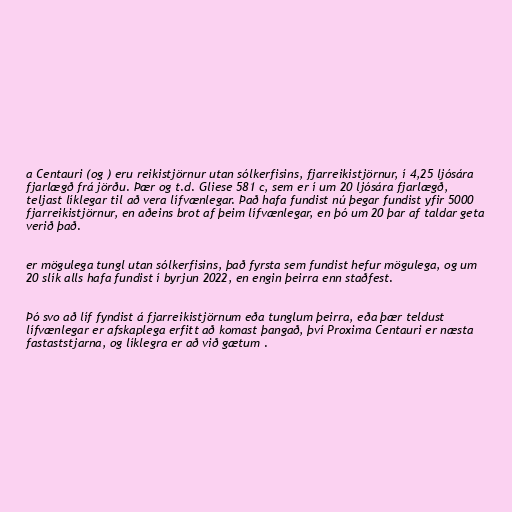
a Centauri (og ) eru reikistjörnur utan sólkerfisins, fjarreikistjörnur, í 4,25 ljósára
fjarlægð frá jörðu. Þær og t.d. Gliese 581 c, sem er í um 20 ljósára fjarlægð,
teljast líklegar til að vera lífvænlegar. Það hafa fundist nú þegar fundist yfir 5000
fjarreikistjörnur, en aðeins brot af þeim lífvænlegar, en þó um 20 þar af taldar geta
verið það.

er mögulega tungl utan sólkerfisins, það fyrsta sem fundist hefur mögulega, og um
20 slík alls hafa fundist í byrjun 2022, en engin þeirra enn staðfest.

Þó svo að líf fyndist á fjarreikistjörnum eða tunglum þeirra, eða þær teldust
lífvænlegar er afskaplega erfitt að komast þangað, því Proxima Centauri er næsta
fastaststjarna, og líklegra er að við gætum .